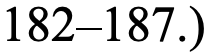
182–187.)